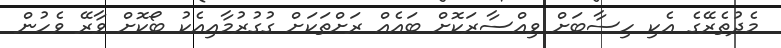
މެދުތެރޭގެ އެކި ހިސާބަށް ވިއްސާރަކޮށް ބައެއް ރަށްތަކަށް ގުގުރުމާއިއެކު ބޯކޮށް ވާރޭ ވެހުން